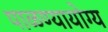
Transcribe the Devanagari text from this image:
पाळण्यायोग्य